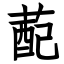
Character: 蓜